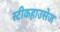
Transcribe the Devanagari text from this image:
स्टीकहाउसेज